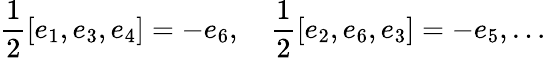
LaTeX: \frac{1}{2}[e_{1},e_{3},e_{4}]=-e_{6},~~~~\frac{1}{2}[e_{2},e_{6},e_{3}]=-e_{5},\ldots